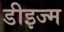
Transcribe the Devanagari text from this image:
डीइज्म